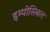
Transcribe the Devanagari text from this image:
इम्पोसिबल